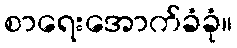
စာရေးအောက်ခံခုံ။